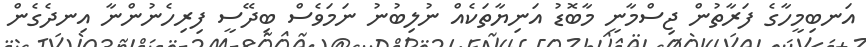
އަނބިމީހާގެ ފަރާތުން ޖިސްމާނީ މާބޮޑު އަނިޔާތަކެއް ނުލިބުނު ނަމަވެސް ބިދޭސީ ފިރިހެނުންނާ އިނދެގެން